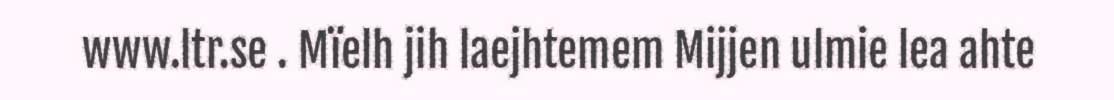
www.ltr.se . Mïelh jih laejhtemem Mijjen ulmie lea ahte